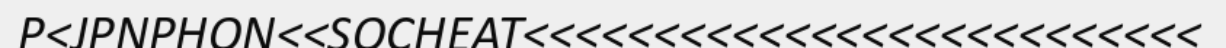
P<JPNPHON<<SOCHEAT<<<<<<<<<<<<<<<<<<<<<<<<<<